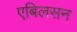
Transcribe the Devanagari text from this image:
एबिलसन